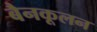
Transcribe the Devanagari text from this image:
बैनकूलन